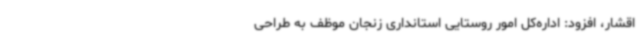
اقشار، افزود: اداره‌کل امور روستایی استانداری زنجان موظف به طراحی